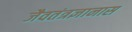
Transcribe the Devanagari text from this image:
जैवतंत्रज्ञानास